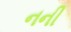
નની